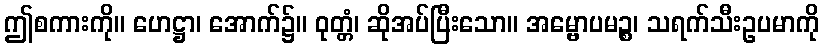
ဤစကားကို။ ဟေဋ္ဌာ၊ အောက်၌။ ဝုတ္တံ၊ ဆိုအပ်ပြီးသော။ အမ္ဗောပမဉ္စ၊ သရက်သီးဥပမာကို